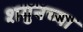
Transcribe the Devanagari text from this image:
शगुनच्या